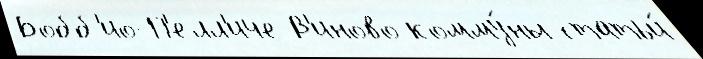
Бобб'ио-П'елл'иче В'иново комму́ны статьи́